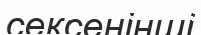
сексенінші